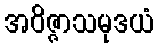
အဝိဇ္ဇာသမုဒယံ